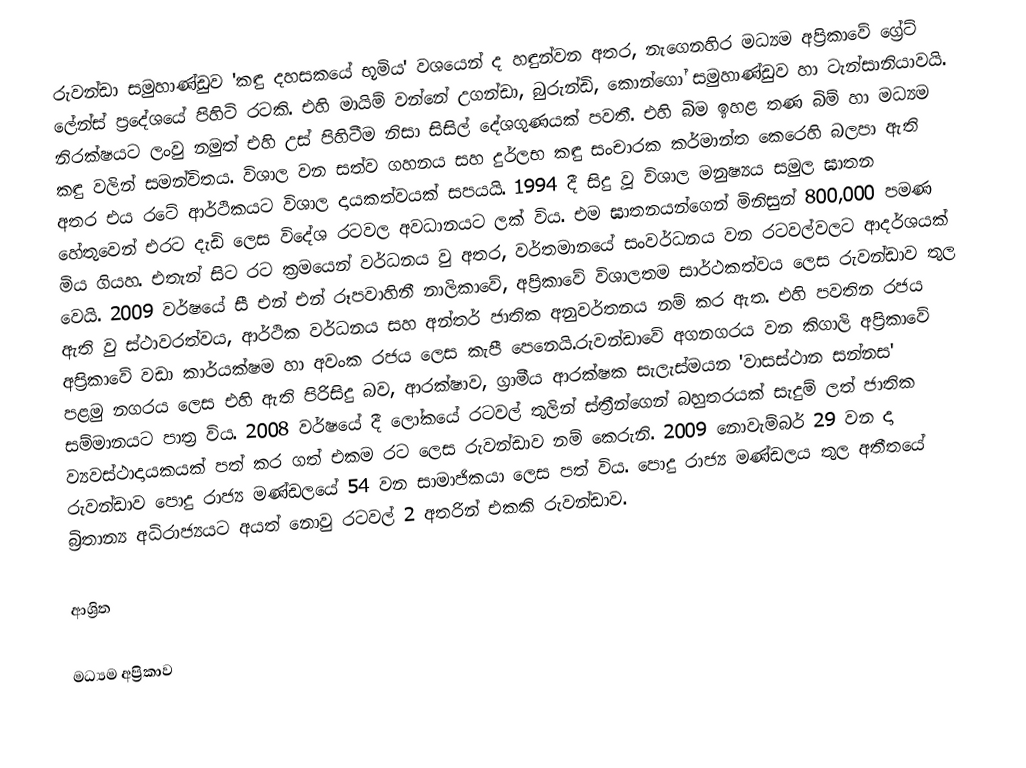
රුවන්ඩා සමුහාණ්ඩුව 'කඳු දහසකයේ භූමිය' වශයෙන් ද හඳුන්වන අතර, නැගෙනහිර මධ්‍යම අප්‍රිකාවේ ග්‍රේට් ලේන්ස් ප්‍රදේශයේ පිහිටි රටකි. එහි මායිම් වන්නේ උගන්ඩා, බුරුන්ඩි, කොන්ගෝ සමුහාණ්ඩුව හා ටැන්සානියාවයි. නිරක්ෂයට ලංවු නමුත් එහි උස් පිහිටීම නිසා සිසිල් දේශගුණයක් පවතී. එහි බිම ඉහළ තණ බිම් හා මධ්‍යම කඳු වලින් සමන්විතය. විශාල වන සත්ව ගහනය සහ දුර්ලභ කඳු සංචාරක කර්මාන්ත කෙරෙහි බලපා ඇති අතර එය රටේ ආර්ථිකයට විශාල දායකත්වයක් සපයයි. 1994 දී සිදු වූ විශාල මනුෂ්‍යය සමුල ඝාතන හේතුවෙන් එරට දැඩි ලෙස විදේශ රටවල අවධානයට ලක් විය. එම ඝාතනයන්ගෙන් මිනිසුන් 800,000 පමණ මිය ගියහ. එතැන් සිට රට ක්‍රමයෙන් වර්ධනය වු අතර, වර්තමානයේ සංවර්ධනය වන රටවල්වලට ආදර්ශ‍යක් වෙයි. 2009 වර්ෂයේ සී එන් එන් රූපවාහිනී නාලිකාවේ, අප්‍රිකාවේ විශාලතම සාර්ථකත්වය ලෙස රුවන්ඩාව තුල ඇති වු ස්ථාවරත්වය, ආර්ථික වර්ධනය සහ අන්තර් ජාතික අනුවර්තනය නම් කර ඇත. එහි පවතින රජය අප්‍රිකාවේ වඩා කාර්යක්ෂම හා අවංක රජය ලෙස කැපී පෙනෙයි.රුවන්ඩාවේ අගනගරය වන කිගාලි අප්‍රිකාවේ පළමු නගරය ලෙස එහි ඇති පිරිසිදු බව, ආරක්ෂාව, ග්‍රාමීය ආරක්ෂක සැලැස්මයන 'වාසස්ථාන සන්නස' සම්මානයට පාත්‍ර විය. 2008 වර්ෂ‍යේ දී ලෝකයේ රටවල් තුලින් ස්ත්‍රීන්ගෙන් බහුතරයක් සැදුම් ලත් ජාතික ව්‍යවස්ථාදායකයක් පත් කර ගත් එකම රට ලෙස රුවන්ඩාව නම් කෙරුනි. 2009 නොවැම්බර් 29 වන දා රුවන්ඩාව පොදු රාජ්‍ය මණ්ඩලයේ 54 වන සාමාජිකයා ලෙස පත් විය. පොදු රාජ්‍ය මණ්ඩලය තුල අතීතයේ බ්‍රිතාන්‍ය අධිරාජ්‍යයට අයත් නොවු රටවල් 2 අතරින් එකකි රුවන්ඩාව.

ආශ්‍රිත

මධ්‍යම අප්‍රිකාව